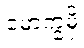
မောက္ခမှိ